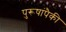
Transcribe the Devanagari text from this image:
पुरूषांपैकी